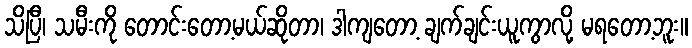
သိပြီ၊ သမီးကို တောင်းတော့မယ်ဆိုတာ၊ ဒါကျတော့ ချက်ချင်းယူကွာလို့ မရတော့ဘူး။